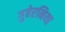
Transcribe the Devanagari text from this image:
गुबेरनिया